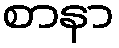
စာနာ